Epidemic dropsy in Calcutta - Number 49
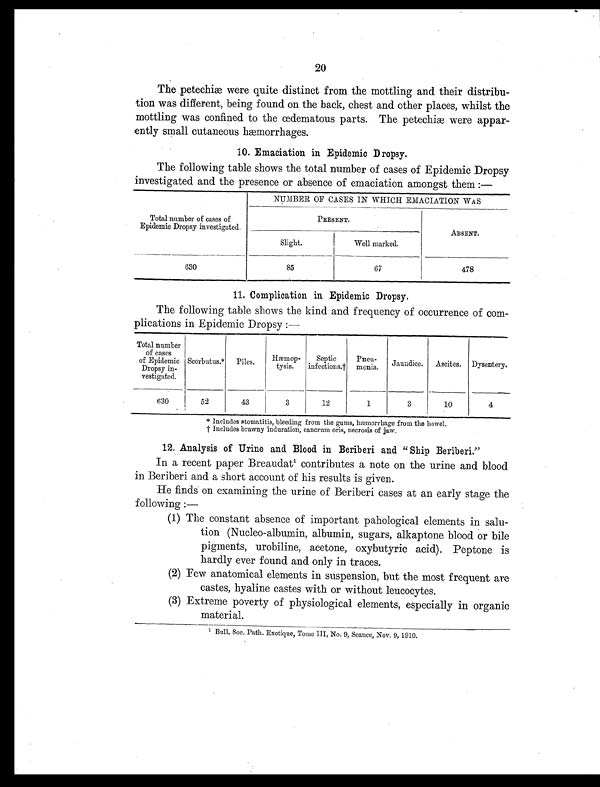
20
The petechiæ were quite distinct from the mottling and their distribu-
tion was different, being found on the back, chest and other places, whilst the
mottling was confined to the œdematous parts. The petechiæ were appar-
ently small cutaneous hæmorrhages.
10. Emaciation in Epidemic Dropsy.
The following table shows the total number of cases of Epidemic Dropsy
investigated and the presence or absence of emaciation amongst them :—
NUMBER, OF CASES IN WHICH EMACIATION WAS
Total number of cases of
Epidemic Dropsy investigated.
PRESENT.
ABSENT.
Slight.
Well marked.
630
85
67
478
11. Complication in Epidemic Dropsy.
The following table shows the kind and frequency of occurrence of com-
plications in Epidemic Dropsy :—
Total number
of cases
of Epidemic
Dropsy in-
vestigated.
Scorbutus.*
Piles.
Hæmop-
tysis.
Septic
infections.†
Pneu-
monia.
Jaundice.
Ascites.
Dysentery.
630
52
43
3
1 2
1
3
10
4
* Includes stomatitis, bleeding from the gums, hæmorrhage from the bowel.
† I n c l u d e s b r a w n y i n d u r a t i o n , c a n c r u m o r i s , n e c r o s i s o f j a w .
12. Analysis of Urine and Blood in Beriberi and " Ship Beriberi."
In a recent paper Breaudat 1 contributes a note on the urine and blood
in Beriberi and a short account of his results is given.
He finds on examining the urine of Beriberi cases at an early stage the
following :—
(1) The constant absence of important pahological elements in salu-
tion (Nucleo-albumin, albumin, sugars, alkaptone blood or bile
pigments, urobiline, acetone, oxybutyric acid). Peptone is
hardly ever found and only in traces.
(2) Few anatomical elements in suspension, but the most frequent are
castes, hyaline castes with or without leucocytes.
(3) Extreme poverty of physiological elements, especially in organic
material.
1 B u l l . S o c . P a t h . E x o t i q u e , T o me I I I , N o . 9 , S e a n c e , N o v . 9 , 1 9 1 0 .